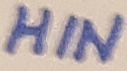
Text: HIN